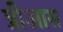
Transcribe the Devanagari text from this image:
त्रीआस